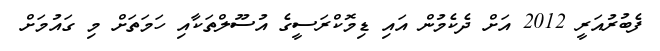
ފެބުރުއަރީ 2012 އަށް ދެކެމުން އައި ޑިމޮކްރަސީގެ އުސޫލްތަކާއި ހަމަތަށް މި ގައުމަށް